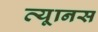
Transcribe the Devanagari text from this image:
त्यूानस